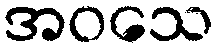
အဝသေ